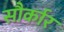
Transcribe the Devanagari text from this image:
सौर्कार